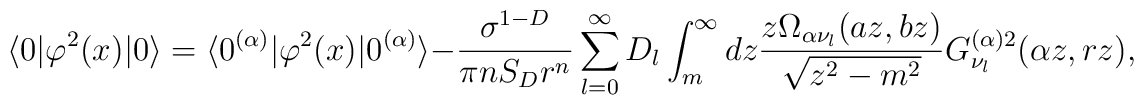
\langle 0|\varphi ^{2}(x)|0\rangle =\langle 0^{(\alpha )}|  \varphi ^{2}(x)|0^{(\alpha )}\rangle  -\frac{\sigma ^{1-D}}{\pi nS_{D}r^{n}}\sum_{l=0}^{\infty }  D_{l}\int_{m}^{\infty }dz\frac{z\Omega _{\alpha \nu _l}(a z,  b z)}{\sqrt{z^{2}-m^{2}}}G_{\nu _l}^{(\alpha )2}(\alpha z,r z),